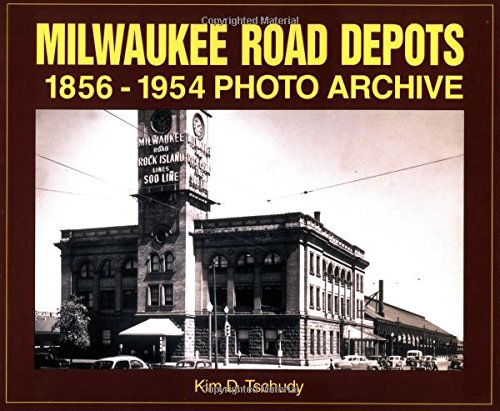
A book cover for Milwaukee Road Depots 1856-1954 Photo Archive; Kim Tschudy; Travel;